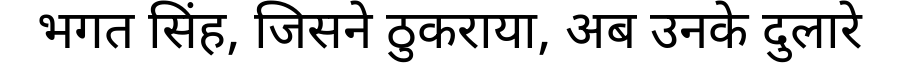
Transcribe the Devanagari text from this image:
भगत सिंह, जिसने ठुकराया, अब उनके दुलारे